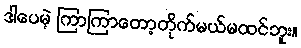
ဒါပေမဲ့ ကြာကြာတော့တိုက်မယ်မထင်ဘူး။